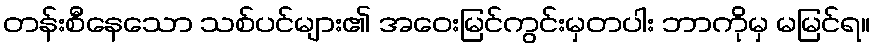
တန်းစီနေသော သစ်ပင်များ၏ အဝေးမြင်ကွင်းမှတပါး ဘာကိုမှ မမြင်ရ။